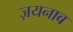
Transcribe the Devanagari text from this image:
ज़यनाब